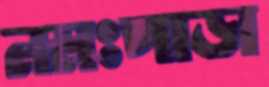
নমঃপাড়া